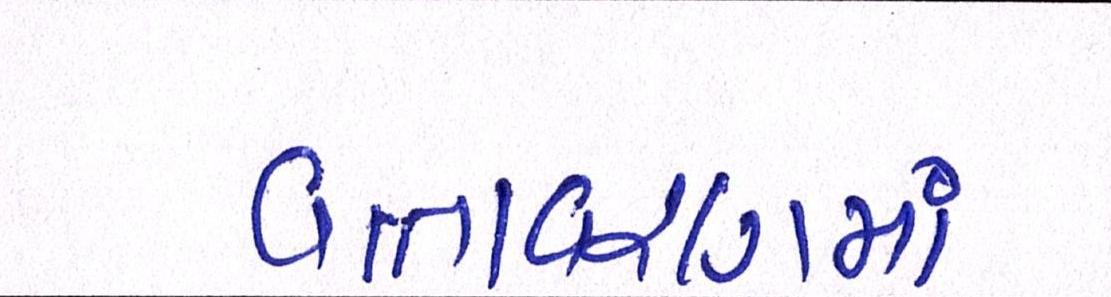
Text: વાતાવરણમાં